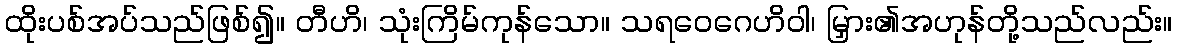
ထိုးပစ်အပ်သည်ဖြစ်၍။ တီဟိ၊ သုံးကြိမ်ကုန်သော။ သရဝေဂေဟိဝါ၊ မြှား၏အဟုန်တို့သည်လည်း။